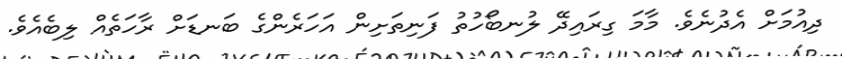
ދިއުމަށް އެދުނެވެ. މާމަ ގިރައިދޭ ލުނބޯހުތު ފަނިތަށިން އަހަރެންގެ ބަނޑަށް ރާހަތެއް ލިބެއެވެ.